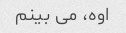
اوه، می بینم